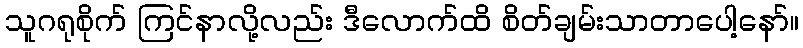
သူဂရုစိုက် ကြင်နာလို့လည်း ဒီလောက်ထိ စိတ်ချမ်းသာတာပေါ့နော်။